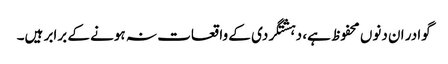
گوادر ان دنوں محفوظ ہے، دہشتگردی کے واقعات نہ ہونے کے برابر ہیں۔